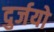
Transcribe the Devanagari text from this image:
दुर्जयो